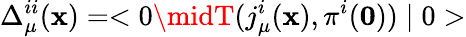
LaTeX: \Delta_{\mu}^{ii}(\mathbf{x})=<0\midT(j_{\mu}^{i}(\mathbf{x}),\pi^{i}(\mathbf{0}))\mid0>